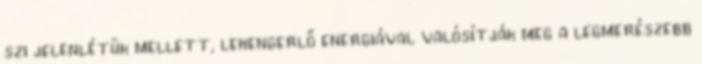
szi jelenlétük mellett, lehengerlő energiával valósítják meg a legmerészebb